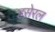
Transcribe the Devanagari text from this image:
हसेरल